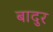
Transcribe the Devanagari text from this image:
बादुर